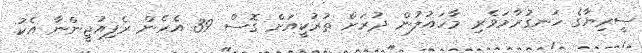
ސީރިޔާގެ ހަނގުރާމަވެރި މާހައުލުން ދުރަށް ތުރުކީއަށް ގޮސް 39 އެހެން ރެފިއުޖީންނާ އެކު